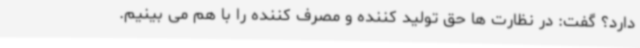
دارد؟ گفت: در نظارت ها حق تولید کننده و مصرف کننده را با هم می بینیم.